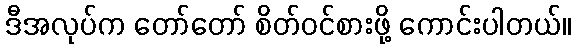
ဒီအလုပ်က တော်တော် စိတ်ဝင်စားဖို့ ကောင်းပါတယ်။